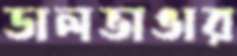
ডালভাঙার